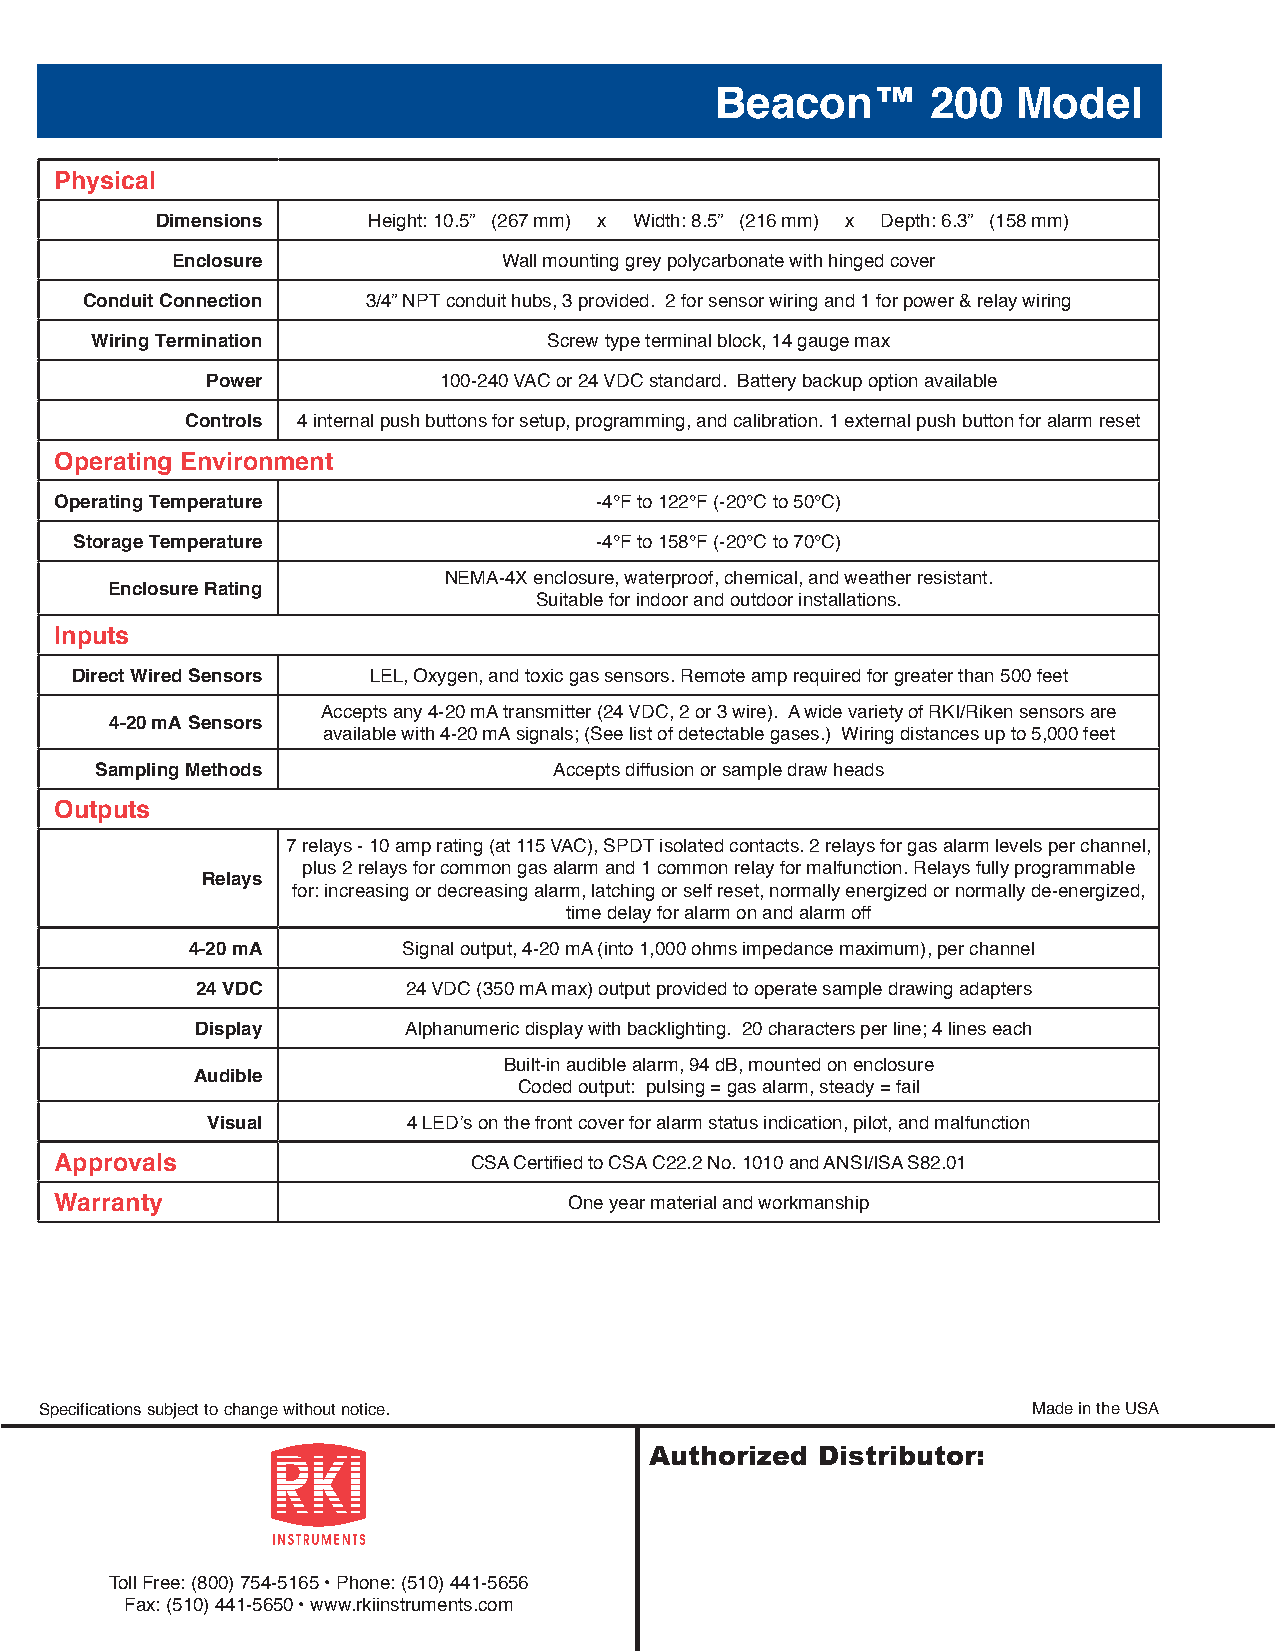
Beacon™        200  Model
 Physical
 Dimensions    Height: 10.5” (267 mm) x Width: 8.5” (216 mm) x Depth: 6.3” (158 mm)
 Enclosure             Wall mounting grey polycarbonate with hinged cover
 Conduit Connection 3/4” NPT conduit hubs, 3 provided. 2 for sensor wiring and 1 for power & relay wiring
 Wiring Termination            Screw type terminal block, 14 gauge max
 Power          100-240 VAC or 24 VDC standard. Battery backup option available
 Controls 4 internal push buttons for setup, programming, and calibration. 1 external push button for alarm reset
 Operating Environment
 Operating Temperature              -4°F to 122°F (-20°C to 50°C)
 Storage Temperature               -4°F to 158°F (-20°C to 70°C)
 NEMA-4X enclosure, waterproof, chemical, and weather resistant.
 Enclosure Rating
 Suitable for indoor and outdoor installations.
 Inputs
 Direct Wired Sensors LEL, Oxygen, and toxic gas sensors. Remote amp required for greater than 500 feet
 Accepts any 4-20 mA transmitter (24 VDC, 2 or 3 wire). A wide variety of RKI/Riken sensors are
 4-20 mA Sensors
 available with 4-20 mA signals; (See list of detectable gases.) Wiring distances up to 5,000 feet
 Sampling Methods               Accepts diffusion or sample draw heads
 Outputs
 7 relays - 10 amp rating (at 115 VAC), SPDT isolated contacts. 2 relays for gas alarm levels per channel,
 plus 2 relays for common gas alarm and 1 common relay for malfunction. Relays fully programmable
 Relays
 for: increasing or decreasing alarm, latching or self reset, normally energized or normally de-energized,
 time delay for alarm on and alarm off
 4-20 mA       Signal output, 4-20 mA (into 1,000 ohms impedance maximum), per channel
 24 VDC        24 VDC (350 mA max) output provided to operate sample drawing adapters
 Display       Alphanumeric display with backlighting. 20 characters per line; 4 lines each
 Built-in audible alarm, 94 dB, mounted on enclosure
 Audible
 Coded output: pulsing = gas alarm, steady = fail
 Visual       4 LED’s on the front cover for alarm status indication, pilot, and malfunction
 Approvals                  CSA Certified to CSA C22.2 No. 1010 and ANSI/ISA S82.01
 Warranty                          One year material and workmanship
 Specifications subject to change without notice.                 Made in the USA
 Authorized Distributor:
 Toll Free: (800) 754-5165 • Phone: (510) 441-5656
 Fax: (510) 441-5650 • www.rkiinstruments.com